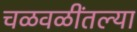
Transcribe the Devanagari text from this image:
चळवळींतल्या